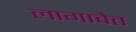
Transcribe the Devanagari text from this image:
लागावेत